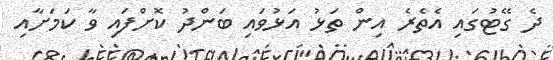
ދެ ގޭޓުގައި އެތެރެ އިން ތަޅު އަޅުވައި ބަންދު ކޮށްފައި ވާ ކަމަށާއި